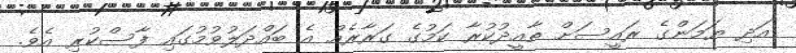
އަދި ޔަމަންގެ ރައީސަށް ތާއީދުކުރާ ކަމުގެ ގަރާރެއް އެ ބައްދަލުވުމުގައި ފާސްކުރި އެވެ.